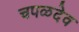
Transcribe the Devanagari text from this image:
चपळदेव